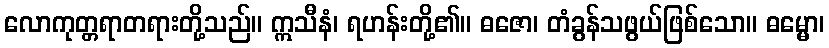
လောကုတ္တရာတရားတို့သည်။ ဣသီနံ၊ ရဟန်းတို့၏။ ဓဇော၊ တံခွန်သဖွယ်ဖြစ်သော။ ဓမ္မော၊